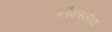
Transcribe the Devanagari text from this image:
ब्लैकस्लीया